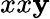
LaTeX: xx\mathbf{y}